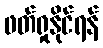
ဖတ်ရှုနိုင်ရန်